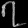
Digit: ၇